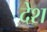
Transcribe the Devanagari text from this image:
देेश